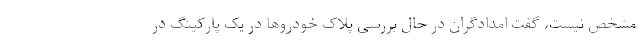
مشخص نیست، گفت امدادگران در حال بررسی پلاک خودروها در یک پارکینگ در